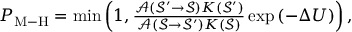
\begin{array} { r } { P _ { \mathrm { M \mathrm { - } H } } = \operatorname* { m i n } \left( 1 , \frac { \mathcal { A } ( \mathcal { S ^ { \prime } } \rightarrow \mathcal { S } ) K ( \mathcal { S ^ { \prime } } ) } { \mathcal { A } ( \mathcal { S } \rightarrow \mathcal { S ^ { \prime } } ) K ( \mathcal { S } ) } \exp \left( - \Delta U \right) \right) , } \end{array}